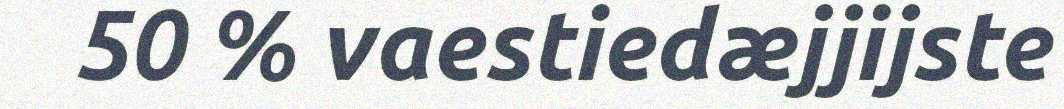
50 % vaestiedæjjijste